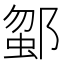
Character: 𨜗